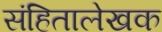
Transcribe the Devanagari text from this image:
संहितालेखक